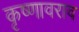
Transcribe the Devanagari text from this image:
कृष्णावराव